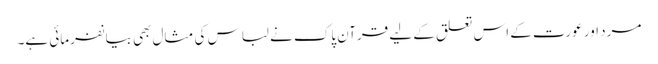
مرد اور عورت کے اس تعلق کے لیے قرآن پاک نے لباس کی مثال بھی بیانفرمائی ہے۔